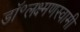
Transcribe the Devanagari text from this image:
डॉ॰लक्ष्मणस्वामी